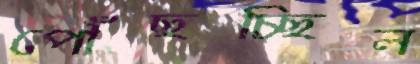
পৌঁছচ্ছিল